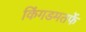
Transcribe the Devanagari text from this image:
किंगडमतर्फे